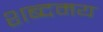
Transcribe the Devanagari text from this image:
शब्दमय